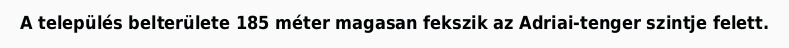
A település belterülete 185 méter magasan fekszik az Adriai-tenger szintje felett.